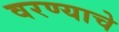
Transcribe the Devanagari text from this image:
वरण्याचे